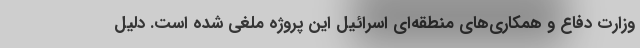
وزارت دفاع و همکاری‌های منطقه‌ای اسرائیل این پروژه ملغی شده است. دلیل